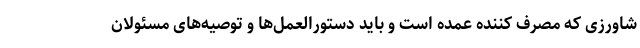
شاورزی که مصرف کننده عمده است و باید دستورالعمل‌ها و توصیه‌های مسئولان